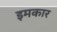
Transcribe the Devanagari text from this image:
इमकार